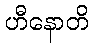
ဟီနောတိ